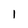
Character: l